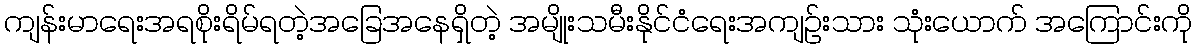
ကျန်းမာရေးအရစိုးရိမ်ရတဲ့အခြေအနေရှိတဲ့ အမျိုးသမီးနိုင်ငံရေးအကျဉ်းသား သုံးယောက် အကြောင်းကို